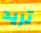
تريد